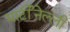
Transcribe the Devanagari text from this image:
मार्टीनेल्ली